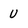
Character: U